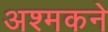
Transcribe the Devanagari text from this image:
अश्मकने